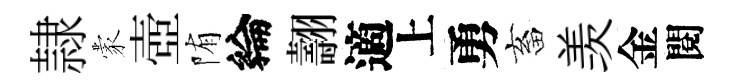
隷蒙壺陏綸翿適上勇畜羡金閱